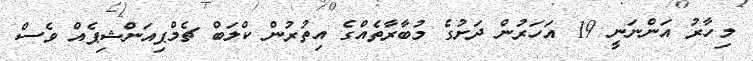
މިހާރު އަންނަނީ 19 އަހަރުން ދަށުގެ މުބާރާތެއްގެ އިތުރުން ކްލަބް ޗެމްޕިއަންޝިޕެއް ވެސް